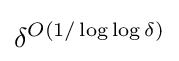
\delta ^{O(1/\log \log \delta )}